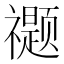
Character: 𰨖